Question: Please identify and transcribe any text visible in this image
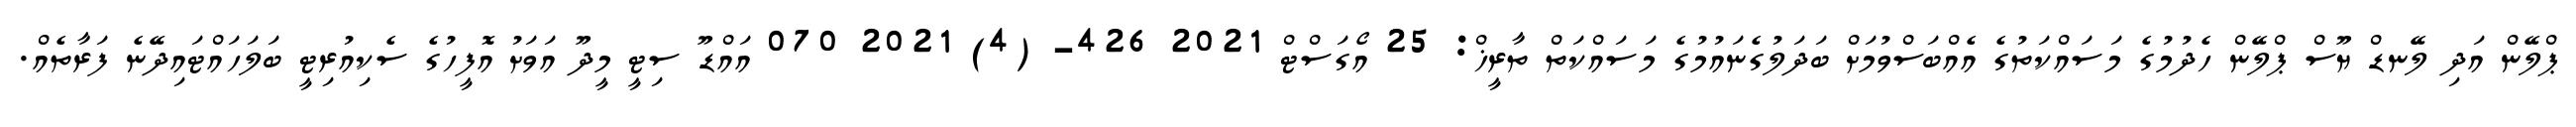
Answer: ޕްލޭން އަދި ލޭނޑް ޔޫސް ޕްލޭން ހެދުމުގެ މަސައްކަތުގެ އެއްބަސްވުމަށް ބަދަލުގެނައުމުގެ މަސައްކަތް ތާރީޚް: 25 އޯގަސްޓް 2021 426- (4) 2021 070 އައްޑޫ ސިޓީ މީދޫ އަވަށު އޮފީހުގެ ސެކިއުރިޓީ ބަލަހައްޓައިދޭނެ ފަރާތެއް.